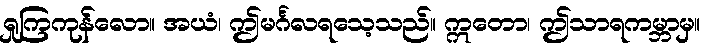
ရှုကြကုန်လော။ အယံ၊ ဤမင်္ဂလရသေ့သည်။ ဣတော၊ ဤသာရကမ္ဘာမှ။